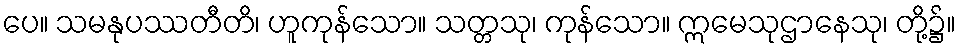
ပေ။ သမနုပဿတီတိ၊ ဟူကုန်သော။ သတ္တသု၊ ကုန်သော။ ဣမေသုဌာနေသု၊ တို့၌။